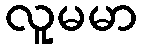
လူမမာ